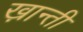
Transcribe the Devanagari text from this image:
ख़ान्ती